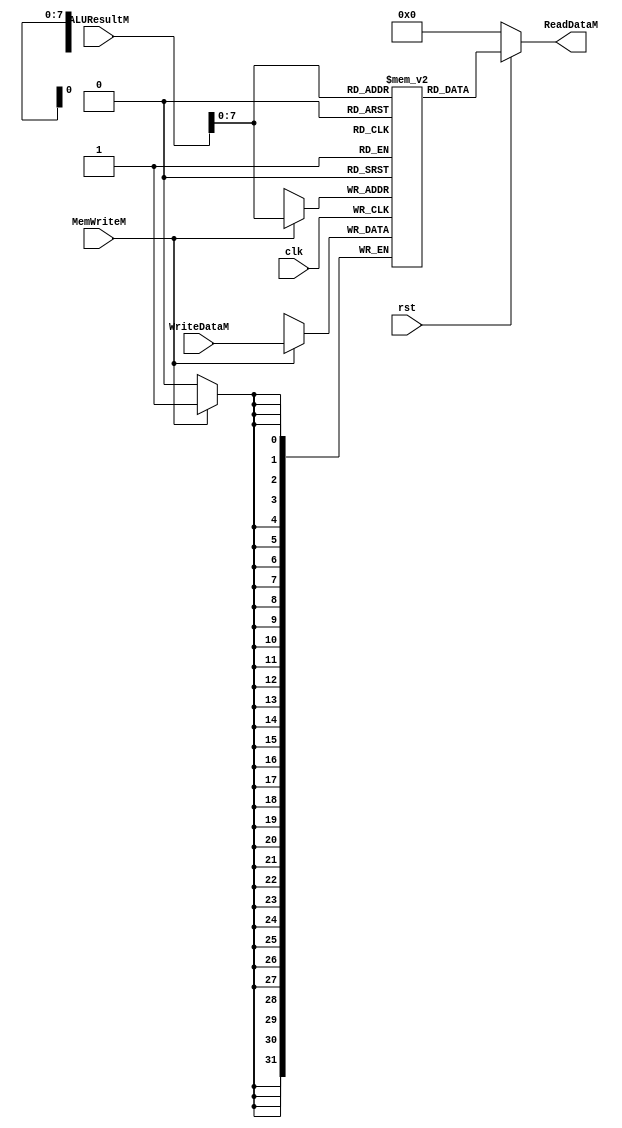
module datmem(
    clk,
    rst,
    ALUResultM,
    WriteDataM,
    MemWriteM,//
    ReadDataM
);

input clk, rst, MemWriteM;
input [31:0] ALUResultM, WriteDataM;

output[31:0] ReadDataM;

reg[31:0] mem[255:0];

//////
initial begin
    mem[0] = 32'h00000000;
end

assign ReadDataM = (~rst) ? 32'd0 : mem[ALUResultM];

always @(posedge clk) begin
    if(MemWriteM) begin
    mem[ALUResultM] <= WriteDataM;
    end
end
endmodule